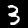
Label: 3